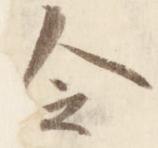
令